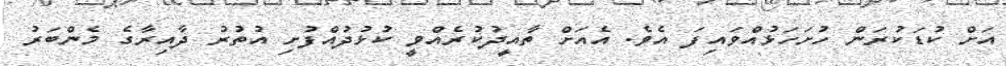
އަށް ކުޑަކުރަން ހުށަހަޅުއްވައިފަ އެވެ. އެއަށް ތާއީދުކުރެއްވީ ކުޅުދުއްފުށި އުތުރު ދާއިރާގެ މެންބަރު